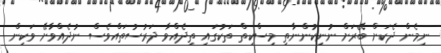
ނިމެން ދެކަށް ބޭރަށް ނުނިކުންނާތި މިސްކިތް ތަކުގައި ތިދެއްވާ ދަރުސުތައްވެސް ނުދެއްވާށޭ ވަކިން